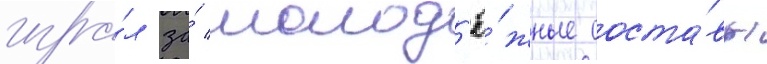
игра́л за́ молод'ё́жные соста́вы